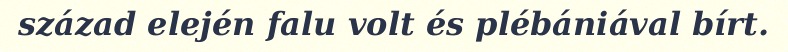
század elején falu volt és plébániával bírt.